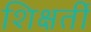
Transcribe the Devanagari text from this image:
शिक्षर्ती